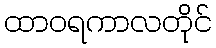
ထာဝရကာလတိုင်